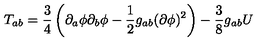
T _ { a b } = \frac { 3 } { 4 } \left( \partial _ { a } \phi \partial _ { b } \phi - \frac { 1 } { 2 } g _ { a b } ( \partial \phi ) ^ { 2 } \right) - \frac { 3 } { 8 } g _ { a b } U